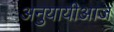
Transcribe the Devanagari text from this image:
अनुयायीआज